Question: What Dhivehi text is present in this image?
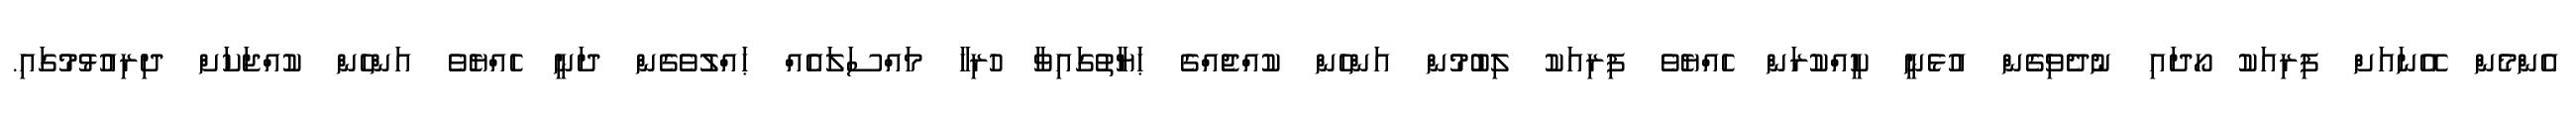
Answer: އެންމެން އޭނައަށް ފިރިއަކު ހޯދައި ނުދެވިގެން އުޅެނީ ކީއްކުރަން ހެއްޔެވެ ފިރިއަކު ލިބުމުން އަންހެން ކުއްޖެއްގެ ޙަޔާތުގައިވާ ހުރިހާ މައްސަލައެއް ޙައްލުވެގެން ދަނީ ހެއްޔެވެ އަންހެން ކުއްޖަކަށް ދިރިއުޅުމުގައި.